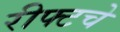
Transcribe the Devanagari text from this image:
रीफ्टचे